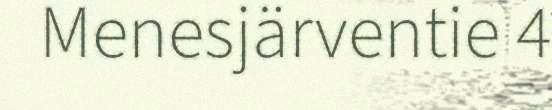
Menesjärventie 4